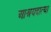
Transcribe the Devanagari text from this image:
आश्रयदात्या